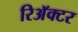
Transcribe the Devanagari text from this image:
रिअॅक्टर